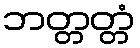
ဘတ္တတ္တံ